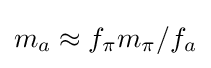
m_{a}\approx f_{\pi }m_{\pi }/f_{a}